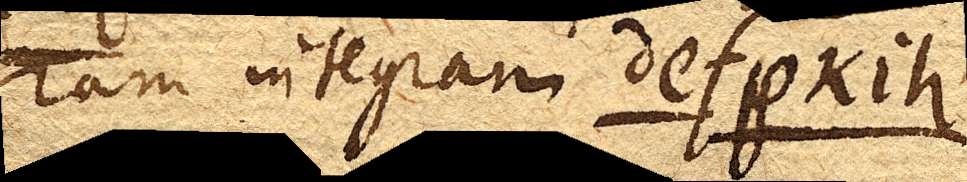
ram integram defpkih